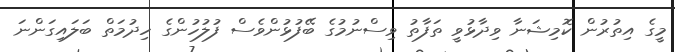
މީގެ އިތުރުން ކޮމިޝަނާ ވިދާޅުވީ ތަފާތު ވިސްނުމުގެ ބޭފުޅުންވެސް ފުލުހުންގެ ހިދުމަތް ބަލައިގަންނަ